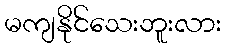
မကျနိုင်သေးဘူးလား